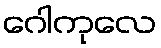
ဂေါကုလေ